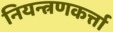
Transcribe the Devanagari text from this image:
नियन्त्रणकर्त्ता